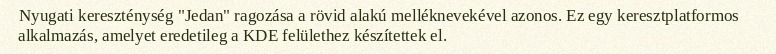
Nyugati kereszténység "Jedan" ragozása a rövid alakú melléknevekével azonos. Ez egy keresztplatformos alkalmazás, amelyet eredetileg a KDE felülethez készítettek el.